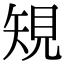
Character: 䂓